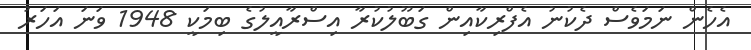
އެހެން ނަމަވެސް ދެކުނު އެފްރިކާއިން ގަބޫލުކުރާ އިސްރާއީލުގެ ބިމަކީ 1948 ވަނަ އަހަރު